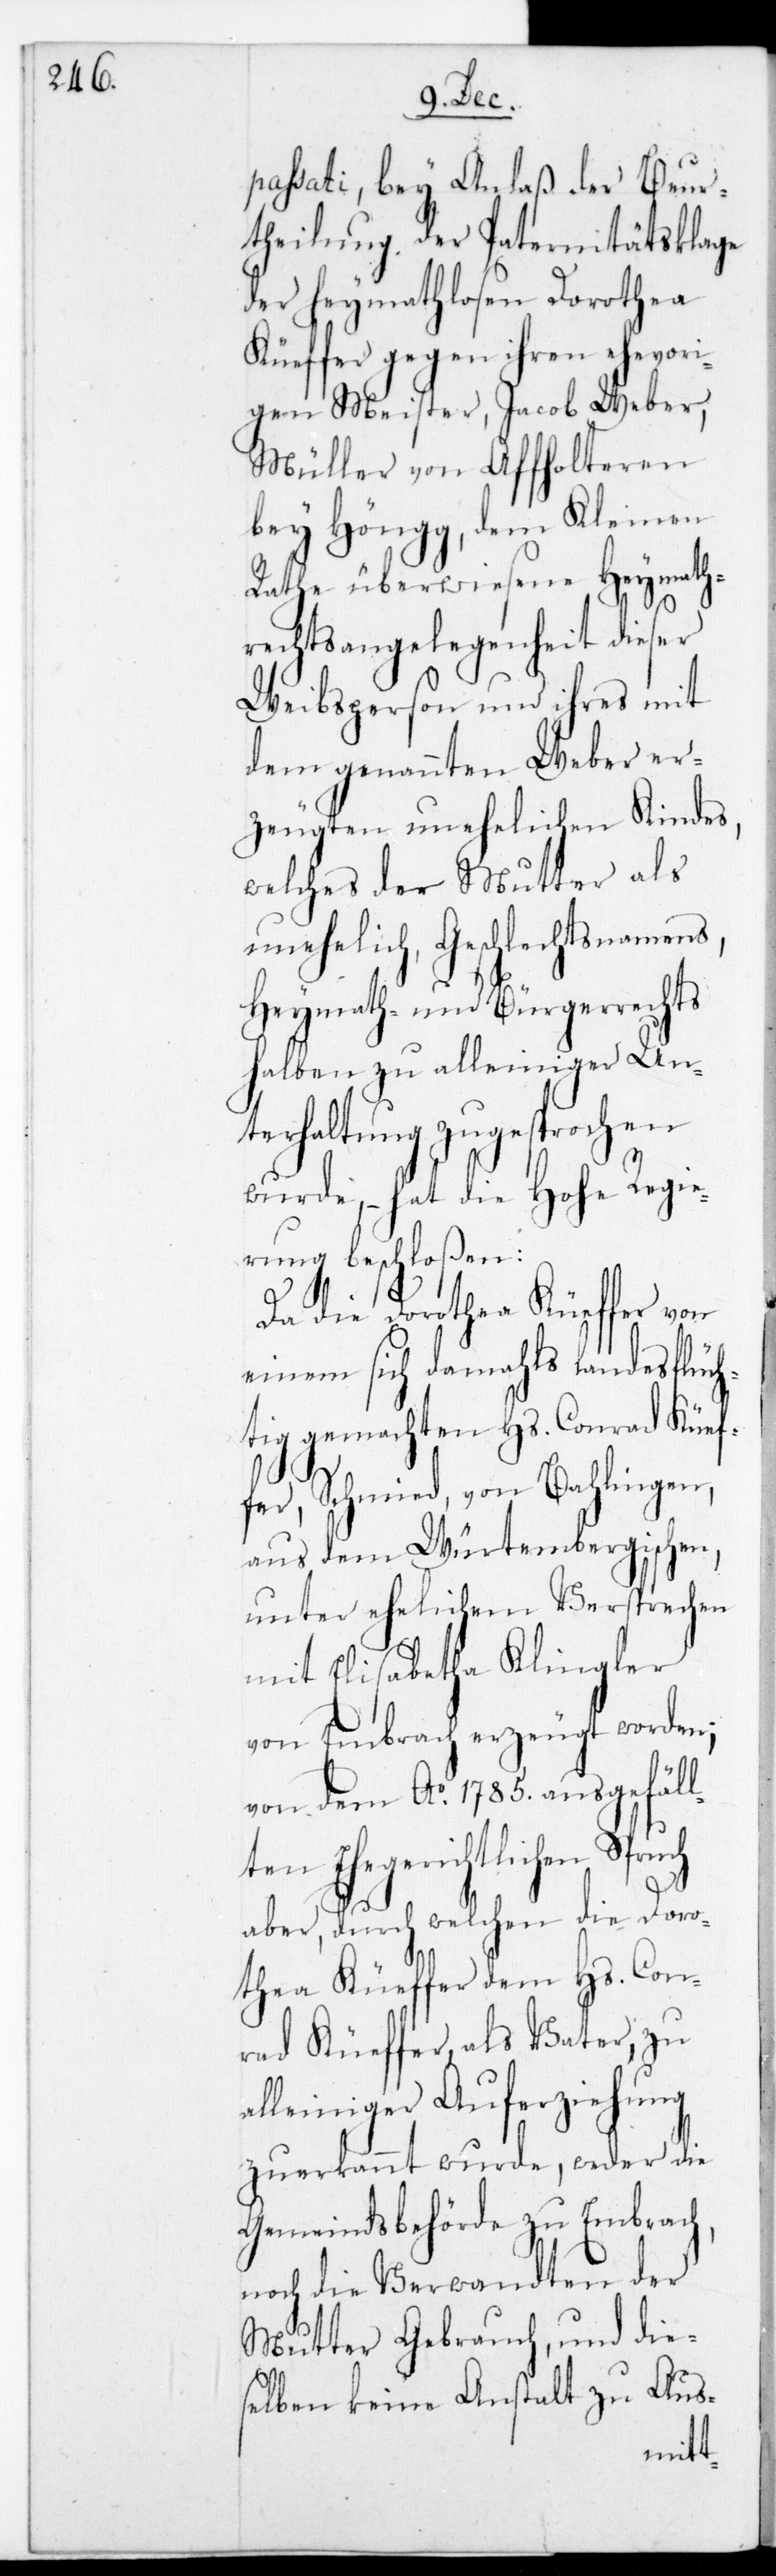
passati, bey Anlaß der Beur¬
theilung der Paternitätsklage
der heymathlosen Dorothea
Küeffer gegen ihren ehevori¬
gen Meister, Jacob Weber,
Müller von Affoltern
bey Höngg, dem Kleinen
Rathe überwiesene Heymath¬
rechtsangelegenheit dieser
Weibsperson und ihres mit
dem genannten Weber er¬
zeugten unehelichen Kindes,
welches der Mutter als
unehelich, Geschlechtnamens,
Heymath- und Bürgerrechts
halben zu alleiniger Un¬
terhaltung zugesprochen
wurde, – hat die Hohe Regie¬
rung beschloßen:
Da die Dorothea Küeffer von
einem sich damals landesflüch¬
tig gemachten Hs. Conrad Küef¬
fer, Schmied von Bahlingen
aus dem Würtembergischen,
unter ehelichem Versprechen
mit Elisabetha Klingler
von Embrach erzeugt worden;
von dem Ao 1785. ausgefäll¬
ten ehegerichtlichen
aber, durch welchen die Doro¬
thea Küeffer dem Hs. Con¬
rad Küeffer, als Vater, zu
alleiniger Auferziehung
zuerkannt wurde, weder die
Gemeindsbehörde zu Embrach,
noch die Verwandten der
Mutter Gebrauch, und die¬
selben keine Anstalt zu Aus-